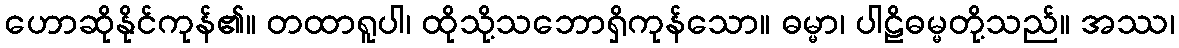
ဟောဆိုနိုင်ကုန်၏။ တထာရူပါ၊ ထိုသို့သဘောရှိကုန်သော။ ဓမ္မာ၊ ပါဠိဓမ္မတို့သည်။ အဿ၊